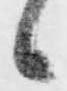
候